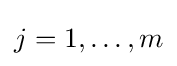
j=1,\ldots ,m\,\!